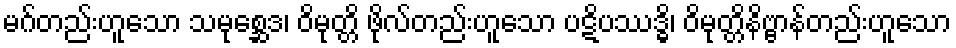
မဂ်တည်းဟူသော သမုစ္ဆေဒ၊ ဝိမုတ္တိ ဖိုလ်တည်းဟူသော ပဋိပဿဒ္ဓိ၊ ဝိမုတ္တိနိဗ္ဗာန်တည်းဟူသော